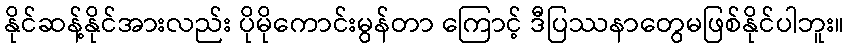
နိုင်ဆန့်နိုင်အားလည်း ပိုမိုကောင်းမွန်တာ ကြောင့် ဒီပြဿနာတွေမဖြစ်နိုင်ပါဘူး။